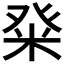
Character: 𭽀